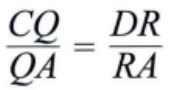
\frac{CQ}{QA}=\frac{DR}{RA}